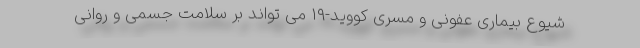
شیوع بیماری عفونی و مسری کووید-۱۹ می تواند بر سلامت جسمی و روانی